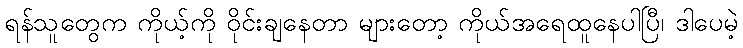
ရန်သူတွေက ကိုယ့်ကို ဝိုင်းချနေတာ များတော့ ကိုယ်အရေထူနေပါပြီ၊ ဒါပေမဲ့